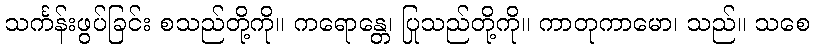
သင်္ကန်းဖွပ်ခြင်း စသည်တို့ကို။ ကရောန္တေ၊ ပြုသည်တို့ကို။ ကာတုကာမော၊ သည်။ သစေ